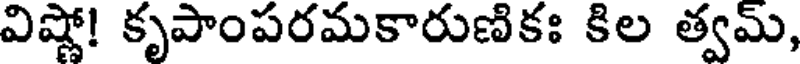
విష్ణో! కృపాంపరమకారుణికః కిల త్వమ్,